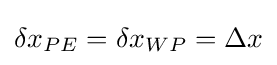
\delta x_{PE}=\delta x_{WP}=\Delta x